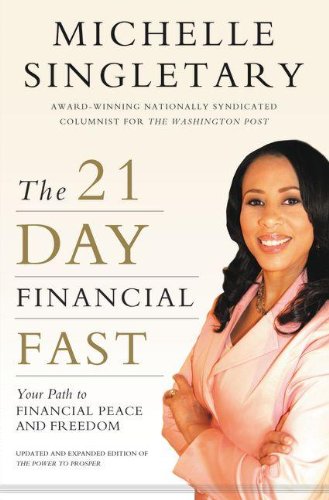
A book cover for The 21-Day Financial Fast: Your Path to Financial Peace and Freedom; Michelle Singletary; Christian Books & Bibles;